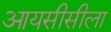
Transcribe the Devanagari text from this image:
आयसीसीला